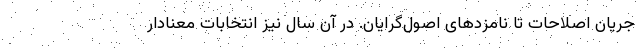
جریان اصلاحات تا نامزدهای اصول‌گرایان. در آن سال نیز انتخابات معنادار